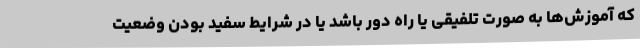
که آموزش‌ها به صورت تلفیقی یا راه دور باشد یا در شرایط سفید بودن وضعیت